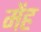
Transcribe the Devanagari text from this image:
मेंह